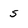
Character: 5